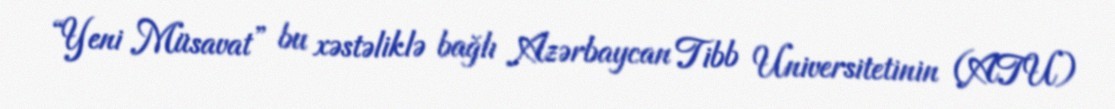
“Yeni Müsavat” bu xəstəliklə bağlı Azərbaycan Tibb Universitetinin (ATU)